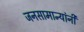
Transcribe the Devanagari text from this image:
जनसामान्यांनी